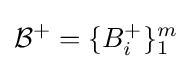
{\mathcal {B}}^{+}=\{B_{i}^{+}\}_{1}^{m}